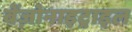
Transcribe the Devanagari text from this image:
बेंज़ोनाइट्राइल